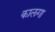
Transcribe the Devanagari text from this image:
कालगा